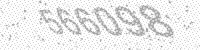
Solution: 566098